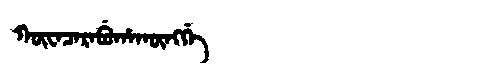
Manchu: ᡴᡡᠸᠠᠴᠠᡵᠠᠪᡠᡥᠠᡴᡡᠩᡤᡝ
Romanization: KŪWACARABUHAKŪNGGE